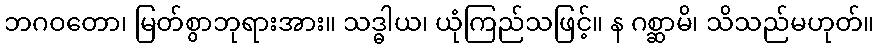
ဘဂဝတော၊ မြတ်စွာဘုရားအား။ သဒ္ဓါယ၊ ယုံကြည်သဖြင့်။ န ဂစ္ဆာမိ၊ သိသည်မဟုတ်။